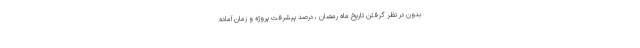
بدون در نظر گرفتن تاریخ ماه رمضان ، درصد پیشرفت پروژه و زمان آماده